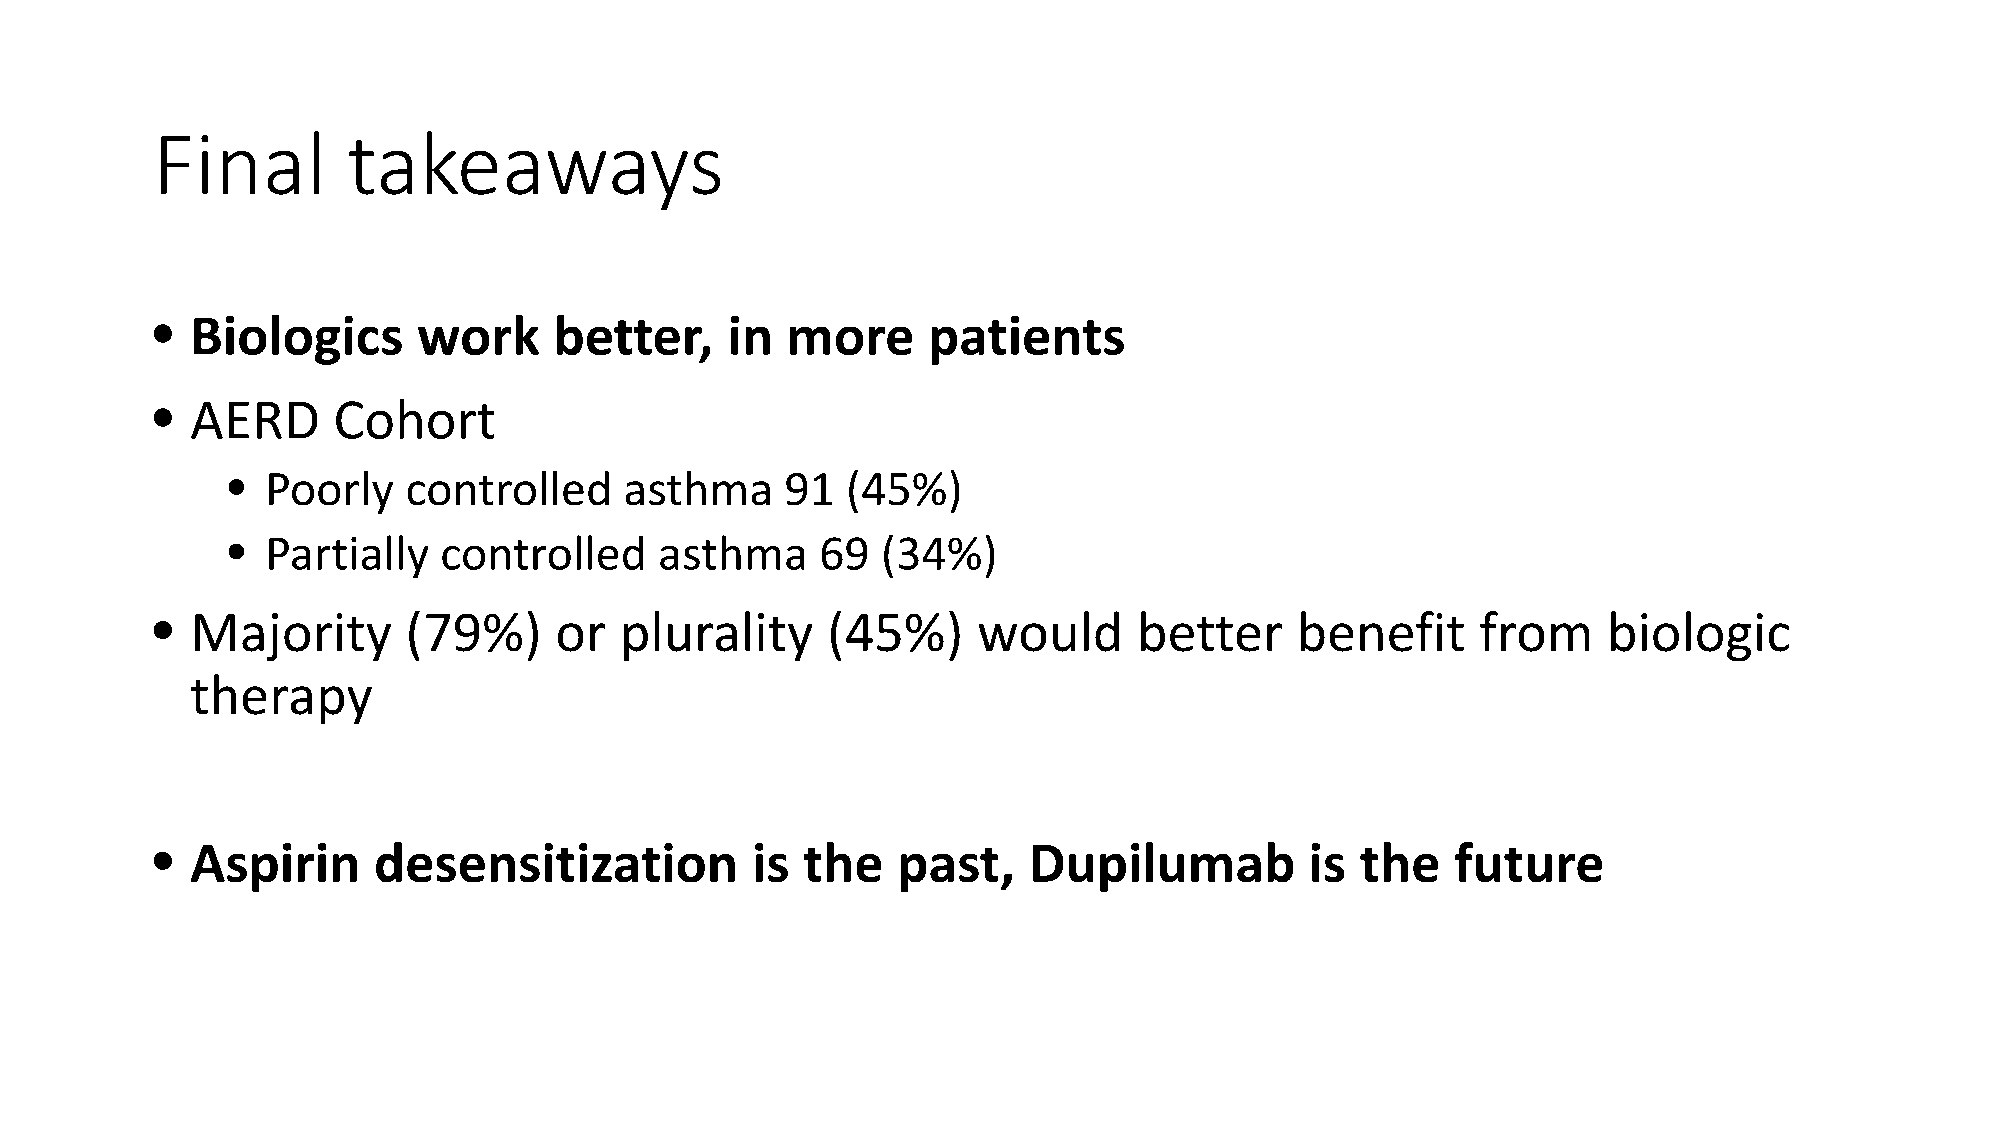
Final        takeaways
 •  Biologics      work     better,    in  more     patients
 •  AERD     Cohort
 •  Poorly   controlled    asthma     91  (45%)
 •  Partially  controlled     asthma    69  (34%)
 •  Majority      (79%)     or  plurality     (45%)     would     better     benefit     from    biologic
 therapy
 •  Aspirin     desensitization          is the   past,    Dupilumab          is the   future